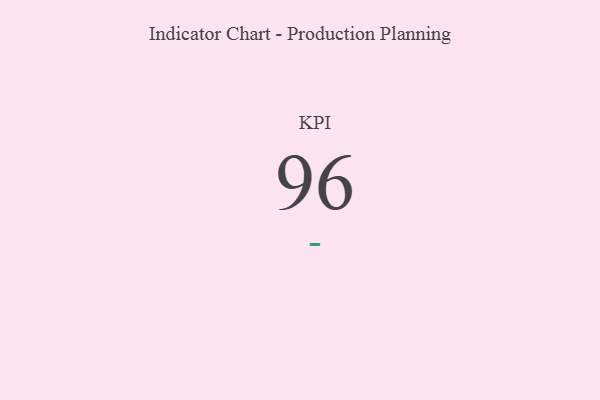
{"axis": {"x": "KPI", "y": "Value"}, "legend": [""], "data": [{"x": "KPI", "y": 96, "type": ""}]}